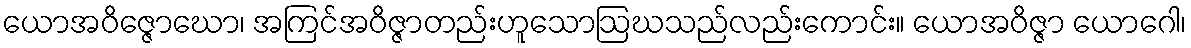
ယောအဝိဇ္ဇောဃော၊ အကြင်အဝိဇ္ဇာတည်းဟူသောဩဃသည်လည်းကောင်း။ ယောအဝိဇ္ဇာ ယောဂေါ၊